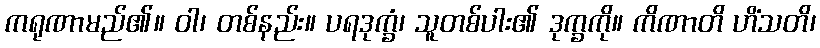
ကရုဏာမည်၏။ ဝါ၊ တစ်နည်း။ ပရဒုက္ခံ၊ သူတစ်ပါး၏ ဒုက္ခကို။ ကိဏာတိ ဟိံသတိ၊